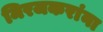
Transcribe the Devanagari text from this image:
मिरजकरांना